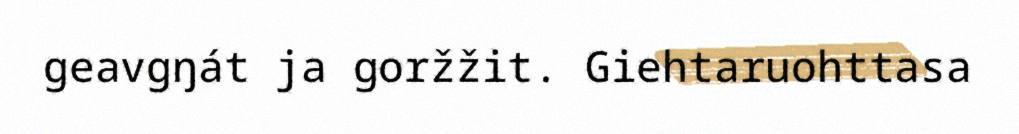
geavgŋát ja goržžit. Giehtaruohttasa